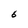
Character: 6